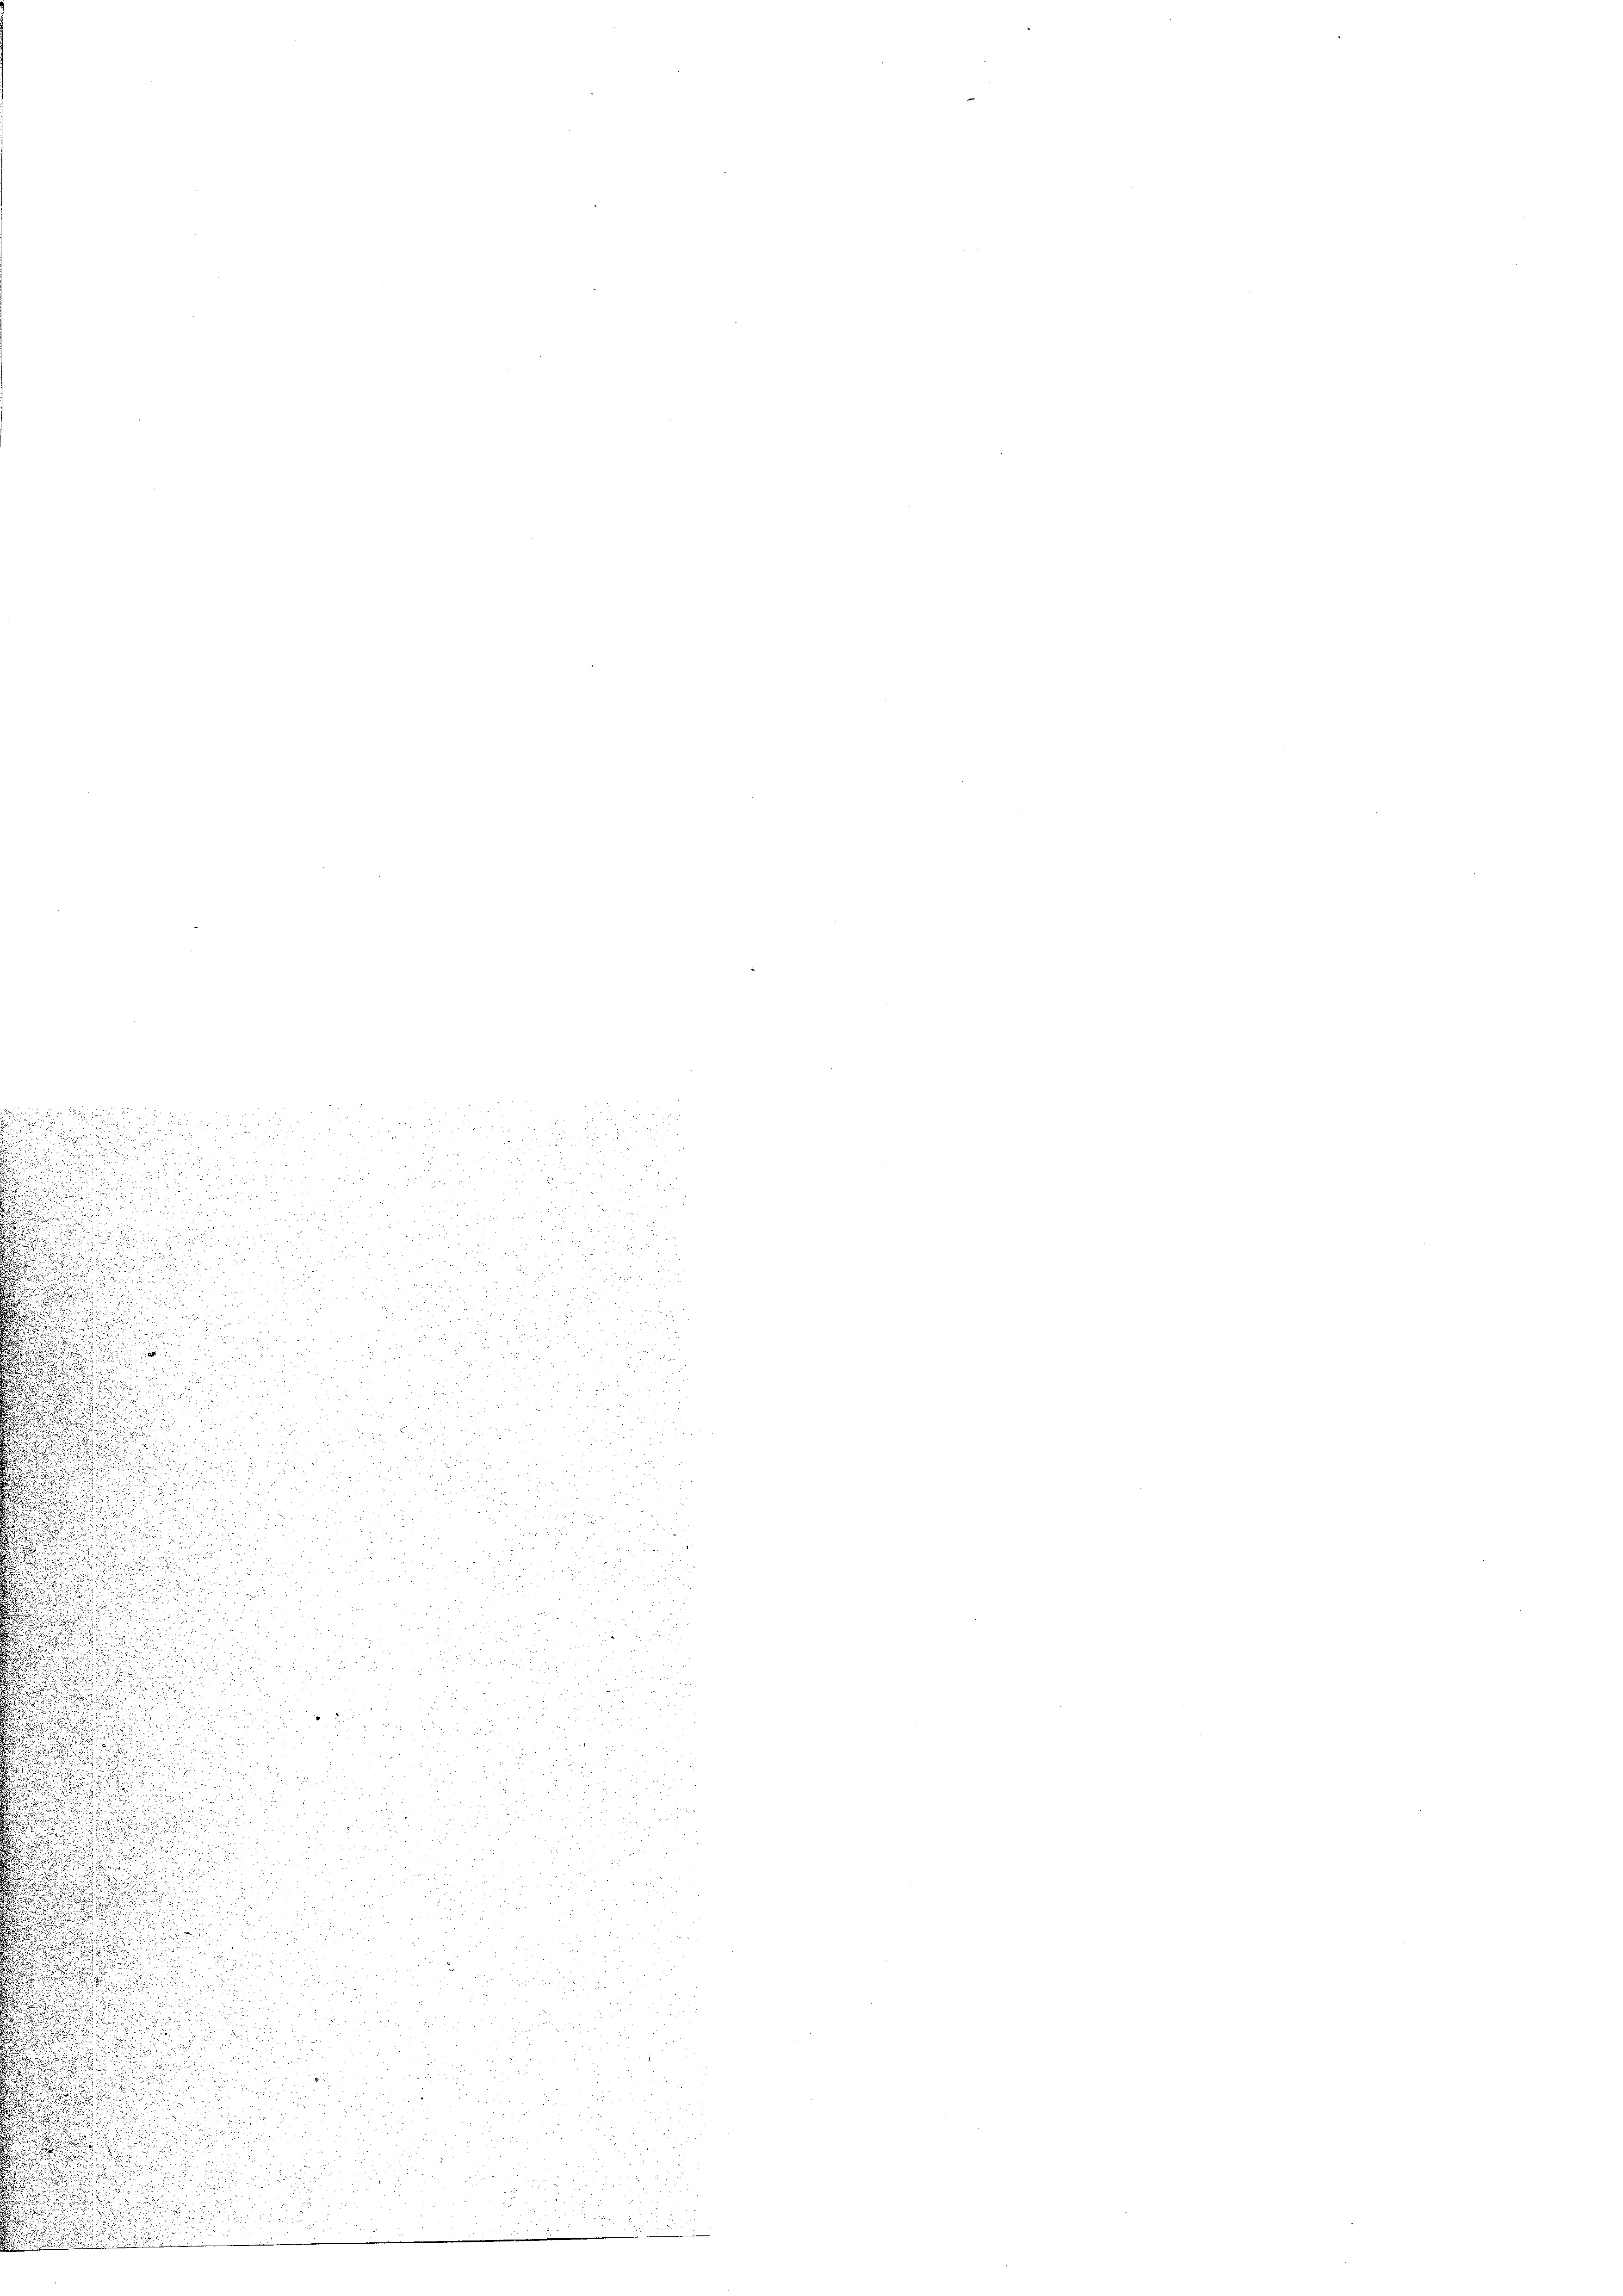
.

e

2
e

.

i
n

i

u

s

n

.

u
d
.
s
u
u
u

.

¬

u
u
d

t

i
u
n
e

u

25
252 d
1

u
.

8

d

815

.

u

t

i

.
 225
.
d
2 x
.

un

i
 xx
28
.

u

65
d

2
d
52
u

u

.

2
e
2

d
2
u
d

.
d
E
n

a
 2

2
i
d

.
2 x
.
u

.
 x

t

2
i
u

u

s

3
55. 33

255
F
 x

.

a

d
.
.
 0 x
x
 x 2

f 5 x
.
2
 55

.

u
.
d
i

.

und der

u

 xx

3
 us ein
u

A